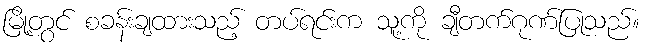
မြို့တွင် စခန်းချထားသည့် တပ်ရင်းက သူ့ကို ချီတက်ဂုဏ်ပြုသည်။